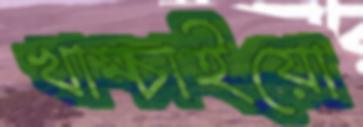
খাম্‌চাইয়ো